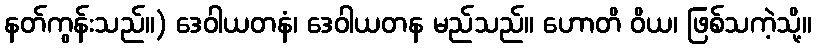
နတ်ကွန်းသည်။) ဒေဝါယတနံ၊ ဒေဝါယတန မည်သည်။ ဟောတိ ဝိယ၊ ဖြစ်သကဲ့သို့။